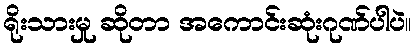
ရိုးသားမှု ဆိုတာ အကောင်းဆုံးဂုဏ်ပါပဲ။